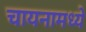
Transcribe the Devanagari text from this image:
चायनामध्ये